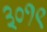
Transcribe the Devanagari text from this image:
३०१९